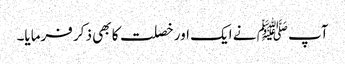
آپ ﷺ نے ایک اور خصلت کا بھی ذکر فرمایا۔